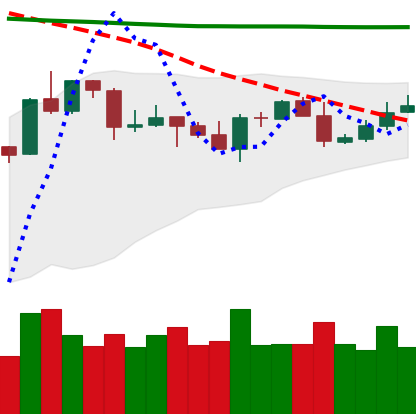
Ticker: XRP-USD
Chart end date: 2020-04-24
Forward return: 17.436%
Label: up_7plus